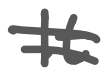
Text: It
Cross-out: double-line
Writing tool: digital_gray